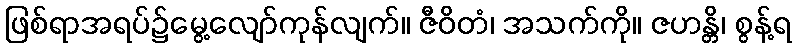
ဖြစ်ရာအရပ်၌မွေ့လျော်ကုန်လျက်။ ဇီဝိတံ၊ အသက်ကို။ ဇဟန္တိ၊ စွန့်ရ